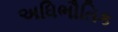
અધિભૌતિક